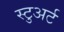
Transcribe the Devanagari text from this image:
स्‍टुअर्ट